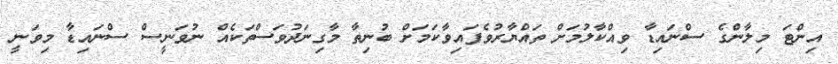
އިންޓަ މިލާންގެ ސްނައިޑާ ވިއްކާލުމަށް ތައްޔާރުވެފައިވާކަމަށް ބުނިތާ މާގިނަދުވަސްތަކެއް ނުވަނީސް ސްނައިޑާ މިވަނީ